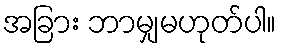
အခြား ဘာမျှမဟုတ်ပါ။